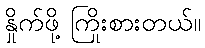
နှိုက်ဖို့ ကြိုးစားတယ်။